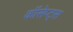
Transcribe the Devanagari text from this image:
कॉंसेप्ट्स